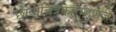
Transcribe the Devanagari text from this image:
छायाचित्रकारम्हणजे